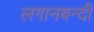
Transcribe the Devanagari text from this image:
लगानबन्दी